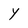
Character: Y